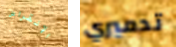
الإنقراض تدميري